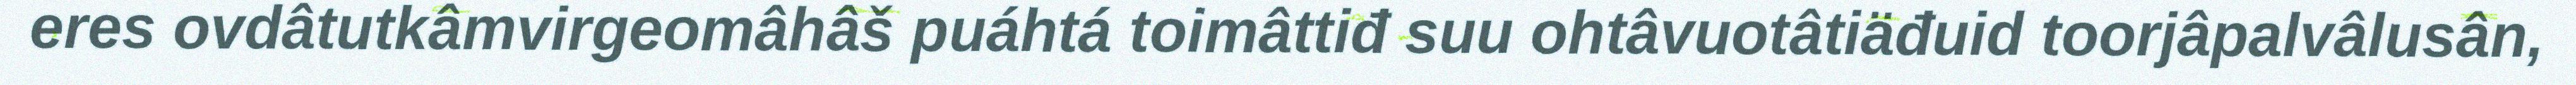
eres ovdâtutkâmvirgeomâhâš puáhtá toimâttiđ suu ohtâvuotâtiäđuid toorjâpalvâlusân,